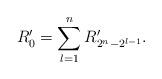
LaTeX: \begin{align*}R'_0 = \sum_{l=1}^n R'_{2^n-2^{l-1}}.\end{align*}